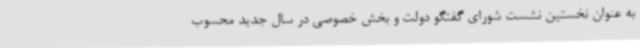
به عنوان نخستین نشست شورای گفتگو دولت و بخش خصوصی در سال جدید محسوب